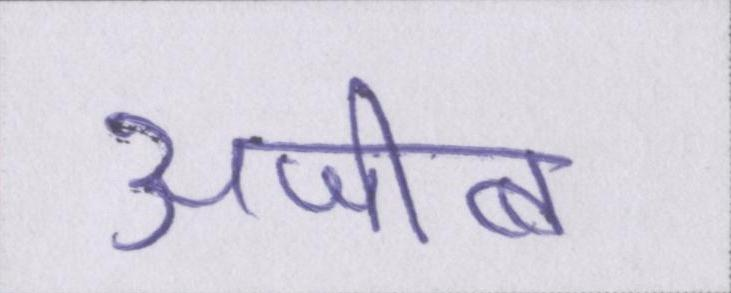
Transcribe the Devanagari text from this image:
अजीब